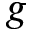
g